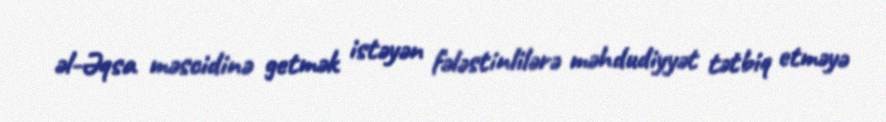
əl-Əqsa məscidinə getmək istəyən fələstinlilərə məhdudiyyət tətbiq etməyə